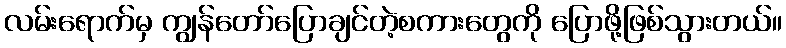
လမ်းရောက်မှ ကျွန်တော်ပြောချင်တဲ့စကားတွေကို ပြောဖို့ဖြစ်သွားတယ်။